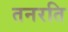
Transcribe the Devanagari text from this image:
तनरति